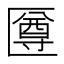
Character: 𠥙